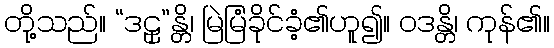
တို့သည်။ “ဒဠှ”န္တိ၊ မြဲမြံခိုင်ခံ့၏ဟူ၍။ ဝဒန္တိ၊ ကုန်၏။